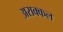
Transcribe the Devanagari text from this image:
अराक्कल